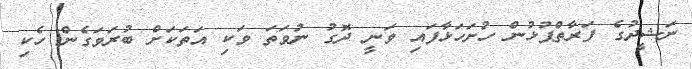
ނަޝީދުގެ ފަރާތްޕުޅުން ހުށަހަޅާފައި ވަނީ ދޮގު ނުވަތަ ވަކި އަތަކަށް ބުރަވަގެން ހެކި